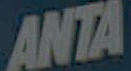
ANTA